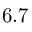
6 . 7